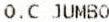
O.C JUMBO